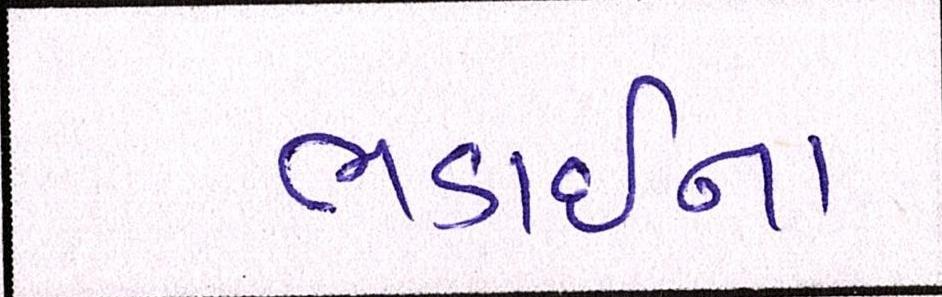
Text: ભડાઈના